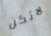
لاتكن